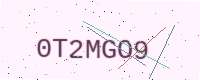
Text: 0T2MGO9